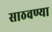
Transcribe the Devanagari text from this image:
साठवण्या